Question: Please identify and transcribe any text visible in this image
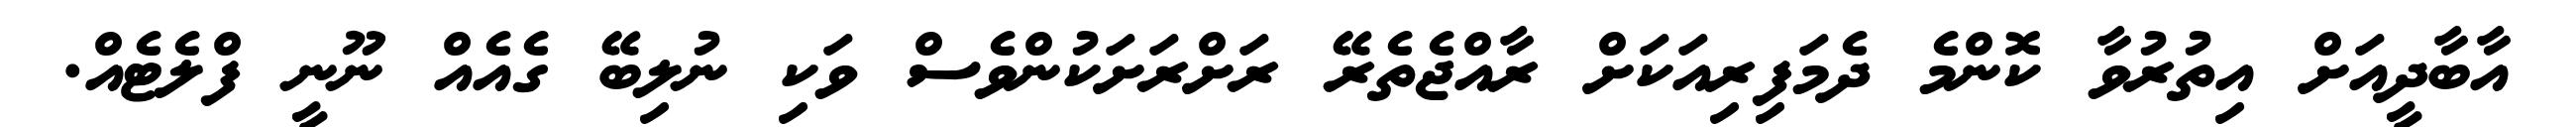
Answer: އާބާދީއަށް އިތުރުވާ ކޮންމެ ދެމަފިރިއަކަށް ރާއްޖެތެރޭ ރަށްރަށަކުންވެސް ވަކި ނުލިބޭ ގެއެއް ނޫނީ ފްލެޓެއް.